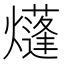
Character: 𤑫